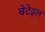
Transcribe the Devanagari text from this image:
बेटेइल